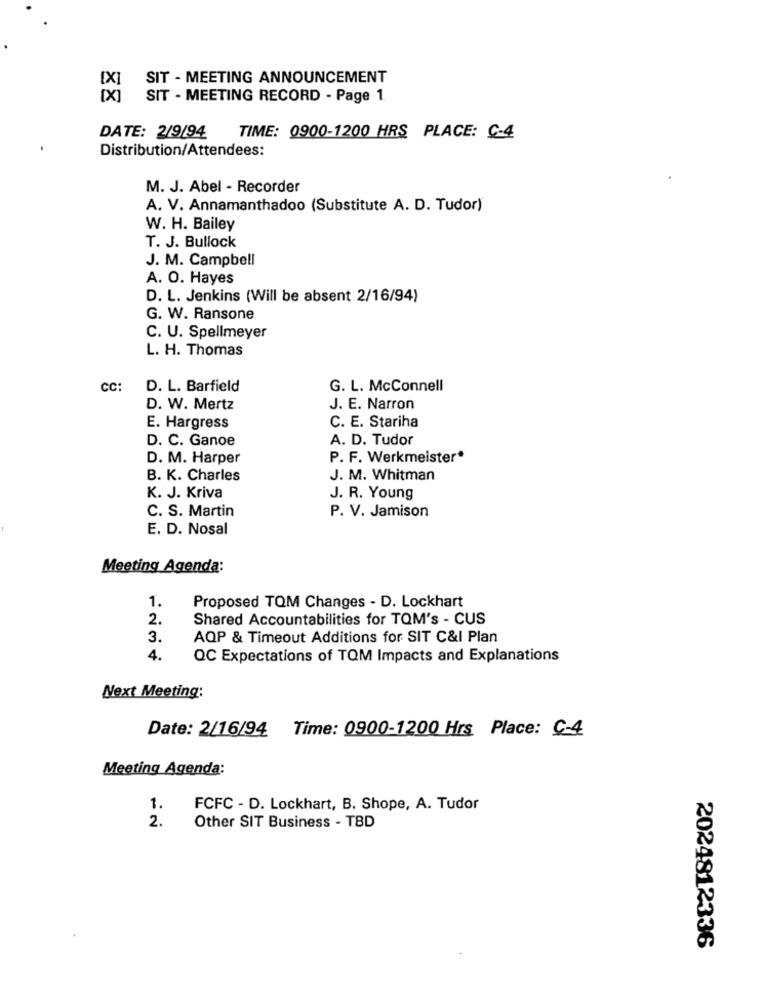
[X]
SIT - MEETING ANNOUNCEMENT
[X]
SIT - MEETING RECORD - Page 1
DATE: 2/9/94
TIME: 0900-1200 HRS PLACE: C-4
Distribution/Attendees:
M. J. Abel - Recorder
A. V. Annamanthadoo (Substitute A. D. Tudor)
W. H. Bailey
T. J. Bullock
J. M. Campbell
A. O. Hayes
D. L. Jenkins (Will be absent 2/16/94)
G. W. Ransone
C. U. Spellmeyer
L. H. Thomas
CC:
D. L. Barfield
G. L. McConnell
D. W. Mertz
J. E. Narron
E. Hargress
C. E. Stariha
D. C. Ganoe
A. D. Tudor
D. M. Harper
P. F. Werkmeister*
B. K. Charles
J. M. Whitman
K. J. Kriva
J. R. Young
C. S. Martin
P. V. Jamison
E. D. Nosal
Meeting Agenda:
1.
Proposed TOM Changes - D. Lockhart
2.
Shared Accountabilities for TOM's - CUS
3.
AQP & Timeout Additions for SIT C&I Plan
4.
QC Expectations of TOM Impacts and Explanations
Next Meeting:
Date: 2/16/94 Time: 0900-1200 Hrs Place: C-4
Meeting Agenda:
1.
FCFC - D. Lockhart, B. Shope, A. Tudor
2.
Other SIT Business - TBD
2024812336